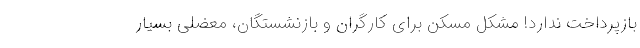
بازپرداخت ندارد! مشکل مسکن برای کارگران و بازنشستگان، معضلی بسیار